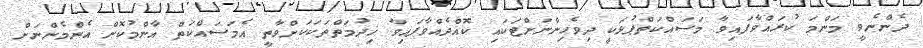
ދެންނެވީ މަންމަ ކުރައްވާފައިވާ މަސައްކަތްޕުޅަކީ ދިވެހިންނަށްޓަކައި ކޮއްދެއްވާފައިވާ ޚިދުމަތްތަކަކަށްވާތީ އެމަސައްކަތް އާންމުކޮށް އެންމެންނަށް